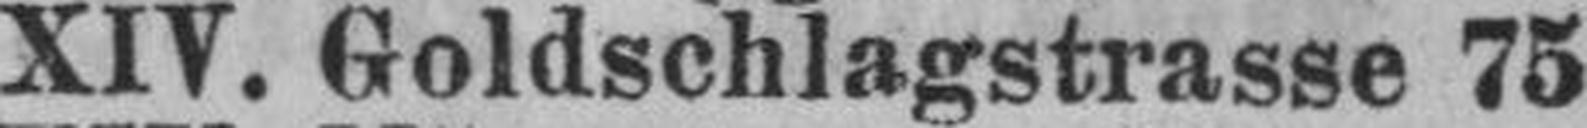
XIV. Goldschlagstrasse 75